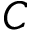
C